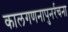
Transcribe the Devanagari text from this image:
कालगणनापुनर्रचना